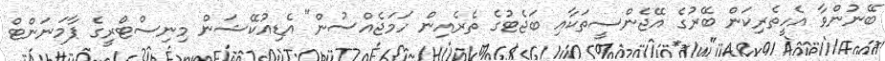
ބޭނުންވާ އެހީތެރިކަން ބޭރުގެ އޭޖެންސީތަކާއި ބަޖެޓުގެ ތެރެއިން ހަމަޖެއްސުން" އެޑިއުކޭޝަން މިނިސްޓްރީގެ ޕާމަނަންޓް